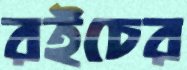
রইচের